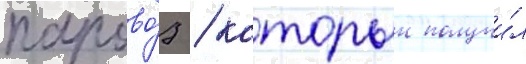
парово́з / которыи получи́л